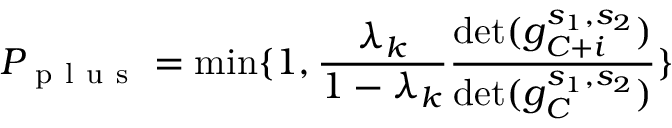
P _ { \mathrm { ~ p ~ l ~ u ~ s ~ } } = \operatorname* { m i n } \{ 1 , \frac { \lambda _ { k } } { 1 - \lambda _ { k } } \frac { \operatorname* { d e t } ( g _ { C + i } ^ { s _ { 1 } , s _ { 2 } } ) } { \operatorname* { d e t } ( g _ { C } ^ { s _ { 1 } , s _ { 2 } } ) } \}